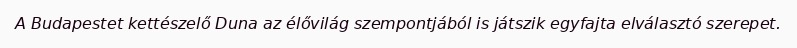
A Budapestet kettészelő Duna az élővilág szempontjából is játszik egyfajta elválasztó szerepet.